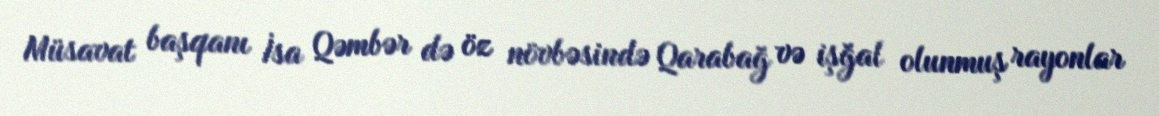
Müsavat başqanı İsa Qəmbər də öz növbəsində Qarabağ və işğal olunmuş rayonlar